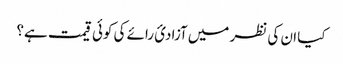
کیا ان کی نظر میں آزادیٔ رائے کی کوئی قیمت ہے؟